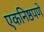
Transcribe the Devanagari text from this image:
एकनिष्ठपणे